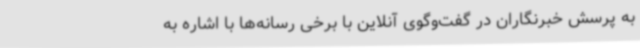
به پرسش خبرنگاران در گفت‌وگوی آنلاین با برخی رسانه‌ها با اشاره به